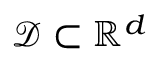
\mathcal { D } \subset \mathbb { R } ^ { d }